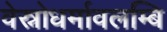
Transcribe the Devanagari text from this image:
वेस्नोधर्मावलम्बि